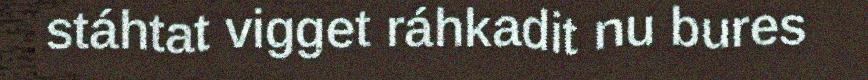
stáhtat vigget ráhkadit nu bures